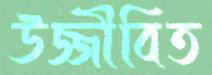
উজ্জীবিত